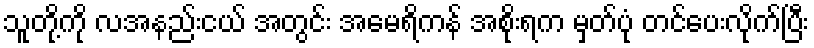
သူတို့ကို လအနည်းငယ် အတွင်း အမေရိကန် အစိုးရက မှတ်ပုံ တင်ပေးလိုက်ပြီး